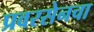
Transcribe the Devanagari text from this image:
प्रवरसेनचा